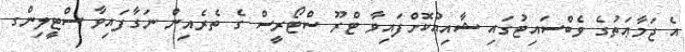
އެ ޖަމާޢަތުގެ ވެބްސައިޓުގައި ޝާއިޢުކޮށްފައިވާ ޓްރޫ ސްޓޯރީސް ގެ ތެރެއިން ނަގާފައިވާ ސްޓީލިންގ